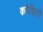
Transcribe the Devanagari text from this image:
कोचिटी